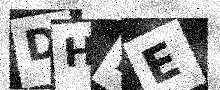
Text: DHBE